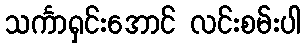
သင်္ကာရှင်းအောင် လင်းစမ်းပါ